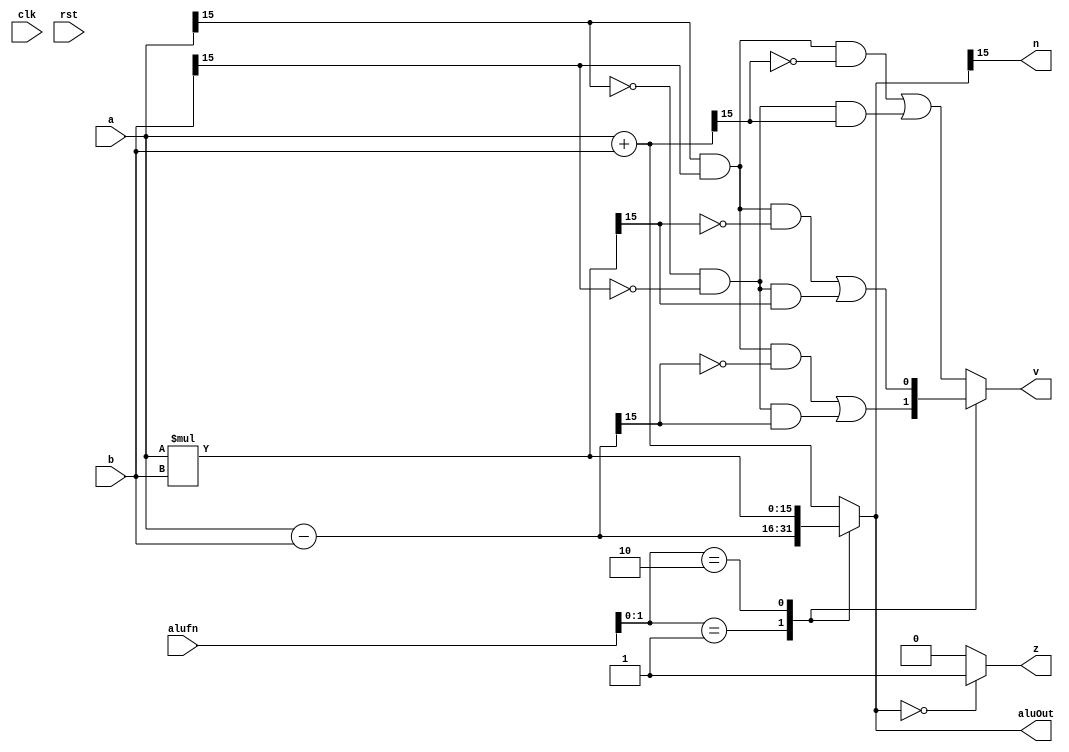
/*
   This file was generated automatically by the Mojo IDE version B1.3.6.
   Do not edit this file directly. Instead edit the original Lucid source.
   This is a temporary file and any changes made to it will be destroyed.
*/

module adder_8 (
    input clk,
    input rst,
    input [15:0] a,
    input [15:0] b,
    input [5:0] alufn,
    output reg [15:0] aluOut,
    output reg z,
    output reg v,
    output reg n
  );
  
  
  
  reg [15:0] sum;
  
  always @* begin
    sum = 16'h0000;
    v = 1'h0;
    n = 1'h0;
    
    case (alufn[0+1-:2])
      2'h0: begin
        sum = a + b;
        v = (a[15+0-:1] & b[15+0-:1] & ~sum[15+0-:1]) | (~a[15+0-:1] & ~b[15+0-:1] & sum[15+0-:1]);
      end
      2'h1: begin
        sum = a - b;
        v = (a[15+0-:1] & b[15+0-:1] & ~sum[15+0-:1]) | (~a[15+0-:1] & ~b[15+0-:1] & sum[15+0-:1]);
      end
      2'h2: begin
        sum = a * b;
        v = (a[15+0-:1] & b[15+0-:1] & ~sum[15+0-:1]) | (~a[15+0-:1] & ~b[15+0-:1] & sum[15+0-:1]);
      end
      default: begin
        sum = a + b;
        v = (a[15+0-:1] & b[15+0-:1] & ~sum[15+0-:1]) | (~a[15+0-:1] & ~b[15+0-:1] & sum[15+0-:1]);
      end
    endcase
    aluOut = sum;
    if (sum == 16'h0000) begin
      z = 1'h1;
    end else begin
      z = 1'h0;
    end
    n = sum[15+0-:1];
  end
endmodule